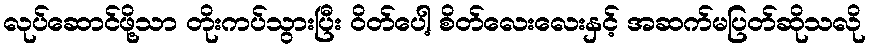
လုပ်ဆောင်ဖို့သာ တိုးကပ်သွားပြီး ဝိတ်ပေါ့ စိတ်လေးလေးနှင့် အဆက်မပြတ်ဆိုသလို